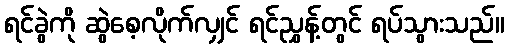
ရင်ခွဲကို ဆွဲစေ့လိုက်လျှင် ရင်ညွှန့်တွင် ရပ်သွားသည်။